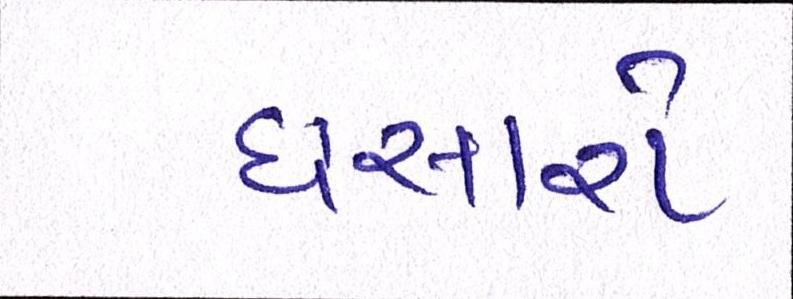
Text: ધસારો